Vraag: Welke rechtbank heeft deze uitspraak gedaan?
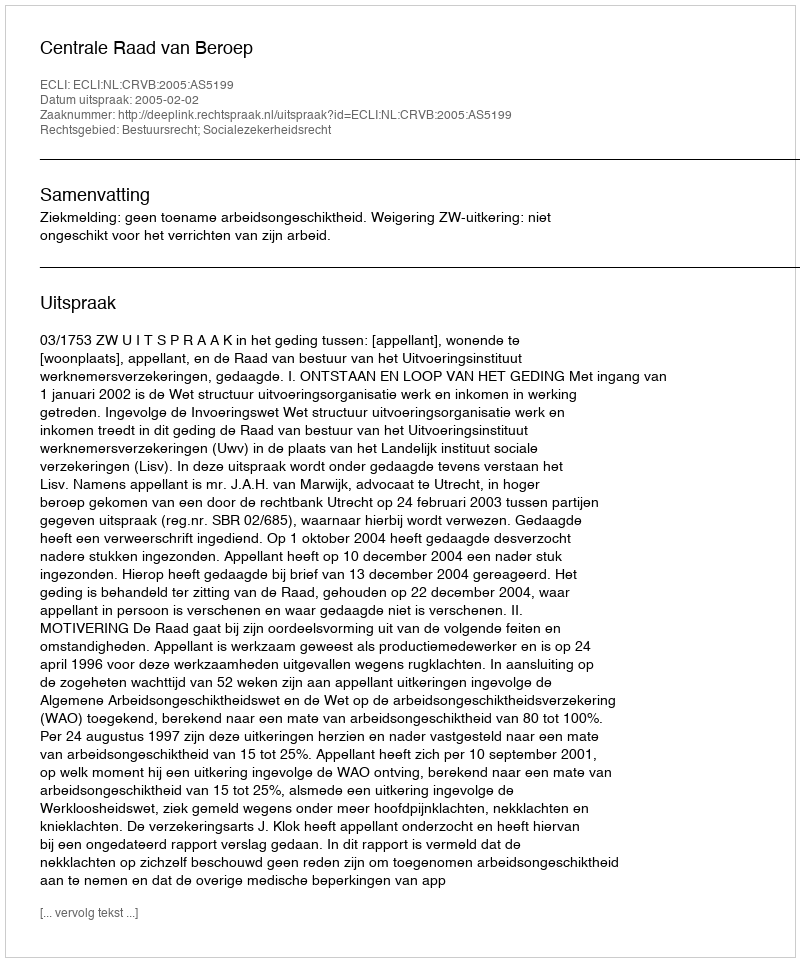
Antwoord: Centrale Raad van Beroep